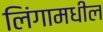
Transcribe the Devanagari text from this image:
लिंगामधील